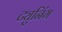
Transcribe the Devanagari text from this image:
ट्युनिंग